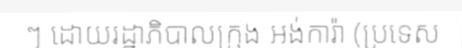
ៗ ដោយរដ្ឋាភិបាលក្រុង អង់ការ៉ា (ប្រទេស